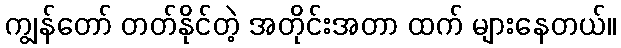
ကျွန်တော် တတ်နိုင်တဲ့ အတိုင်းအတာ ထက် များနေတယ်။